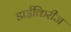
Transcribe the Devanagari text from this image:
डाईकिरीज